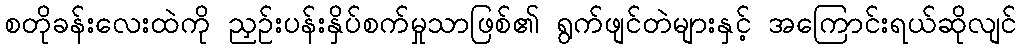
စတိုခန်းလေးထဲကို ညှဉ်းပန်းနှိပ်စက်မှုသာဖြစ်၏ ရွက်ဖျင်တဲများနှင့် အကြောင်းရယ်ဆိုလျင်